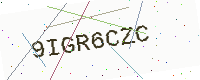
Text: 9IGR6CZC